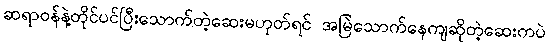
ဆရာဝန်နဲ့တိုင်ပင်ပြီးသောက်တဲ့ဆေးမဟုတ်ရင် အမြဲသောက်နေကျဆိုတဲ့ဆေးကပဲ